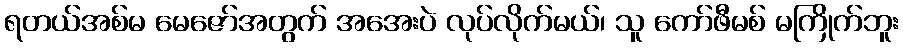
ရတယ်အစ်မ မေဇော်အတွက် အအေးပဲ လုပ်လိုက်မယ်၊ သူ ကော်ဖီမစ် မကြိုက်ဘူး